Insane asylums in Bengal annual reports 1867-1875 - 1867-1875
Year: 1867
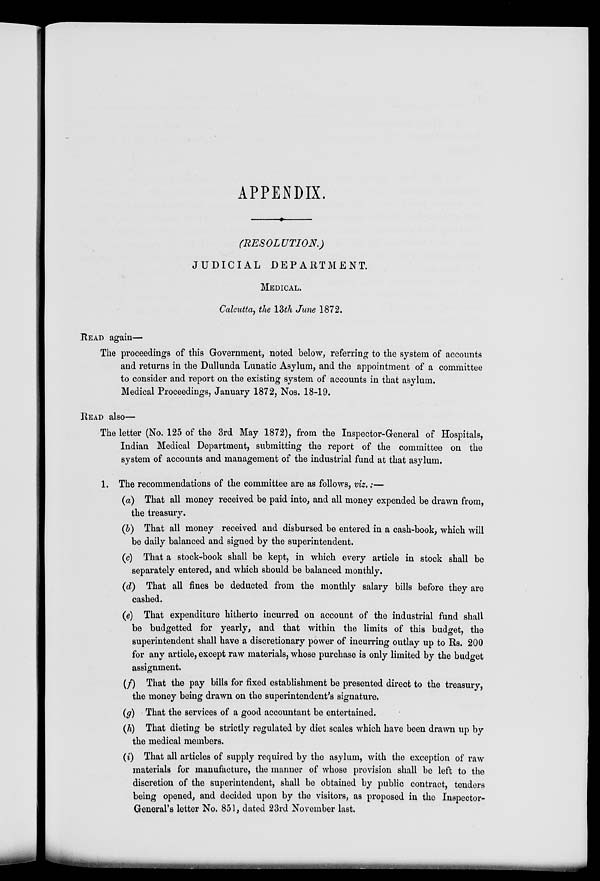
APPENDIX.
(RESOLUTION.)
JUDICIAL DEPARTMENT.
MEDICAL.
Calcutta, the 13th June 1872.
READ again—
The proceedings of this Government, noted below, referring to the system of accounts
and returns in the Dullunda Lunatic Asylum, and the appointment of a committee
to consider and report on the existing system of accounts in that asylum.
Medical Proceedings, January 1872, Nos. 18-19.
READ also—
The letter (No. 125 of the 3rd May 1872), from the Inspector-General of Hospitals,
Indian Medical Department, submitting the report of the committee on the
system of accounts and management of the industrial fund at that asylum.
1. The recommendations of the committee are as follows, viz.:—
(a) That all money received be paid into, and all money expended be drawn from,
the treasury.
(b) That all money received and disbursed be entered in a cash-book, which will
be daily balanced and signed by the superintendent.
(c) That a stock-book shall be kept, in which every article in stock shall be
separately entered, and which should be balanced monthly.
(d) That all fines be deducted from the monthly salary bills before they are
cashed.
(e) That expenditure hitherto incurred on account of the industrial fund shall
be budgetted for yearly, and that within the limits of this budget, the
superintendent shall have a discretionary power of incurring outlay up to Rs. 200
for any article, except raw materials, whose purchase is only limited by the budget
assignment.
(f) That the pay bills for fixed establishment be presented direct to the treasury,
the money being drawn on the superintendent's signature.
(g) That the services of a good accountant be entertained.
(h) That dieting be strictly regulated by diet scales which have been drawn up by
the medical members.
(i) That all articles of supply required by the asylum, with the exception of raw
materials for manufacture, the manner of whose provision shall be left to the
discretion of the superintendent, shall be obtained by public contract, tenders
being opened, and decided upon by the visitors, as proposed in the Inspector-
General's letter No. 851, dated 23rd November last.